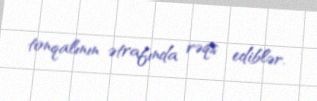
tonqalının ətrafında rəqs ediblər.